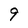
Character: 9